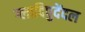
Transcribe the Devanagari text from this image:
ग्लादिपुदेंदल